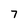
Character: 7